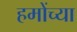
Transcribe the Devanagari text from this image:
हमोंच्या